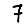
Digit: 7